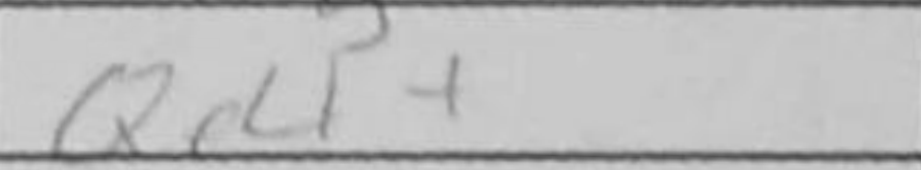
Transcription: Qe4+